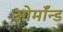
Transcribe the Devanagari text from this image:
ओर्मॉन्ड